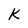
Character: k